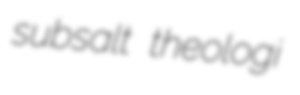
subsalt theologi